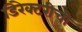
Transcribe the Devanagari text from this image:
डिरेक्टरीची